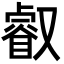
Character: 叡